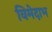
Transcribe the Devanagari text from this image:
विमेदाभ